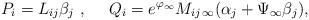
LaTeX: \begin{align*}P_i=L_{ij}{\beta}_j\ , \ \ \ \ Q_i = e^{\varphi_{\infty}}M_{ij\,\infty}(\alpha_j + \Psi_{\infty}\beta_j),\end{align*}